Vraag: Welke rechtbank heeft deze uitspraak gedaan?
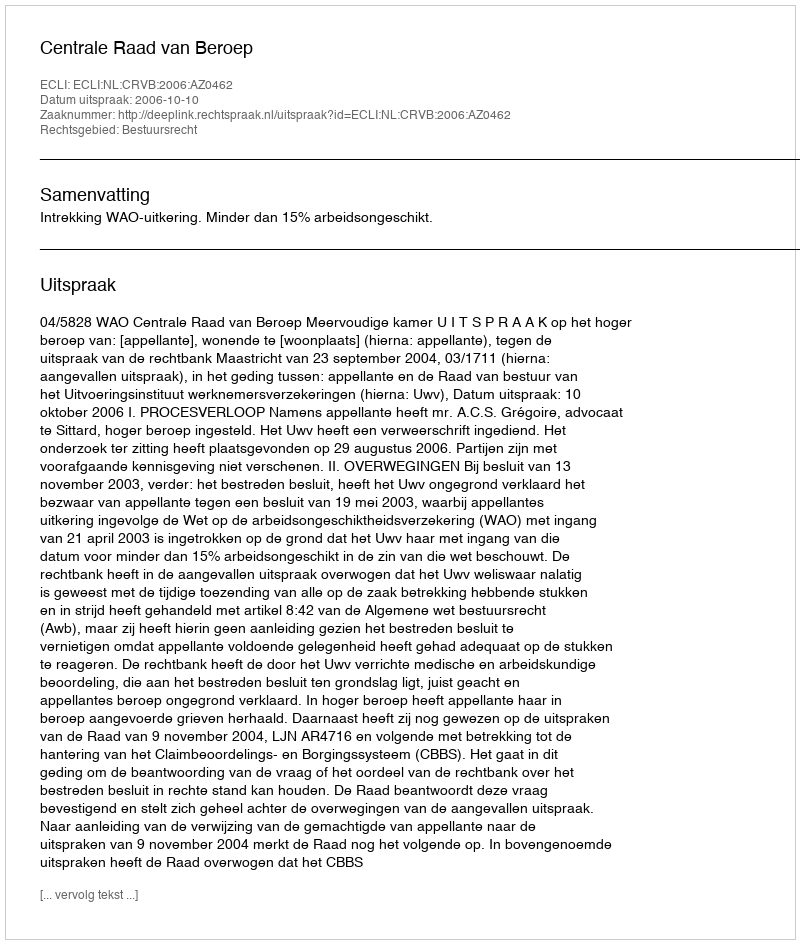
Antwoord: Centrale Raad van Beroep